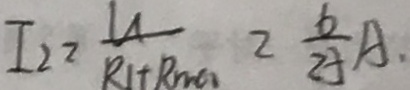
I _ { 2 } = \frac { U } { R _ { 1 } + R _ { \max } } = \frac { 6 } { 2 5 } A .